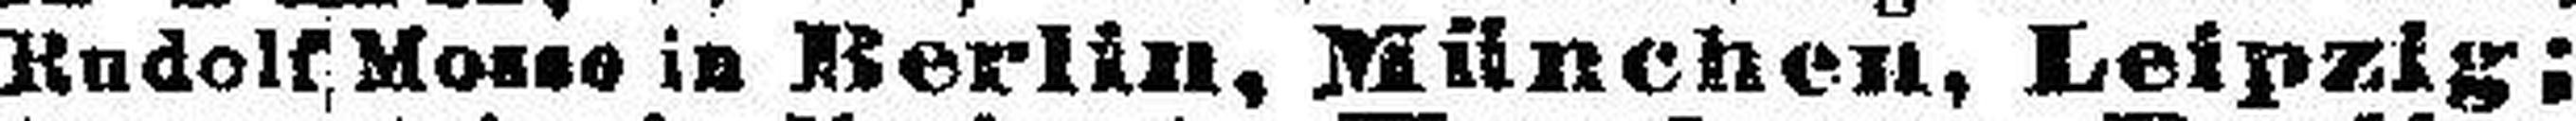
Rudolf Mosse in Berlin, München, Leipzig;